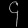
Digit: ၄